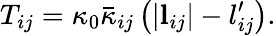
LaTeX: T_{ij}=\kappa_{0}\bar{\kappa}_{ij}\left(|\mathbf{l}_{ij}|-l_{ij}^{\prime}\right).